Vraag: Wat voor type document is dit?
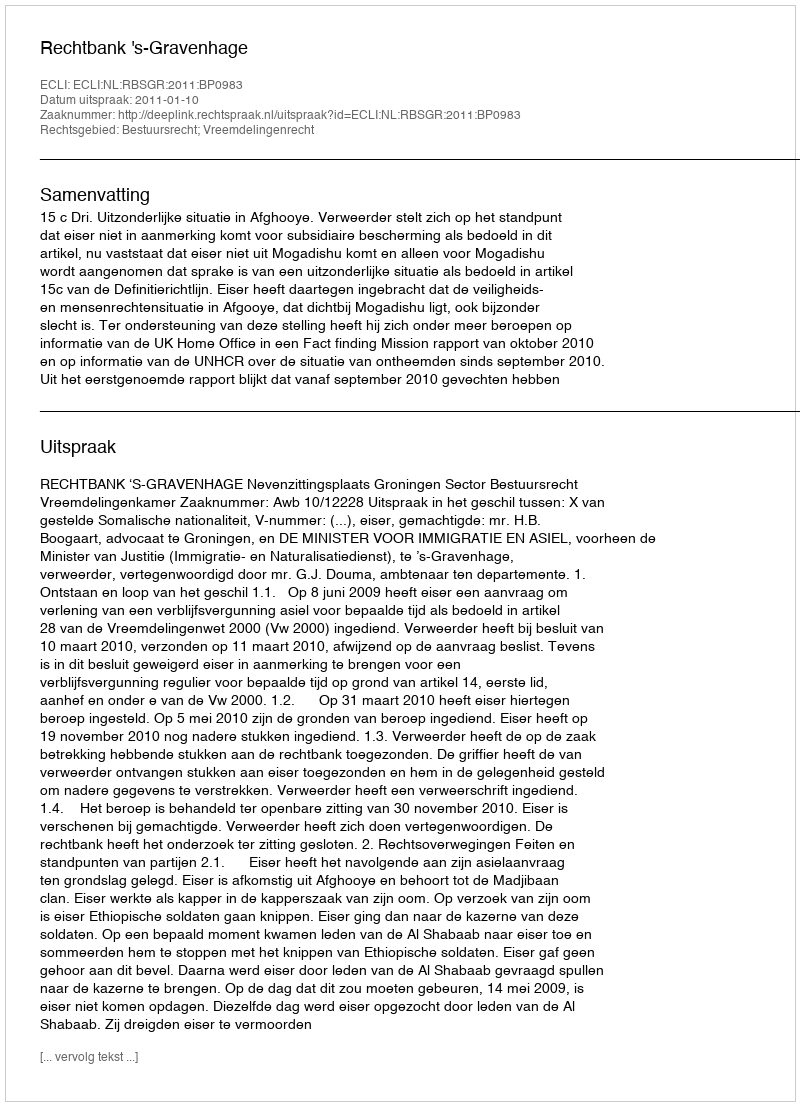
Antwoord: Uitspraak